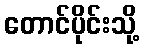
တောင်ပိုင်းသို့